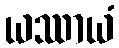
ယဿာယံ